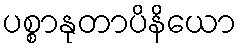
ပစ္စာနုတာပိနိယော